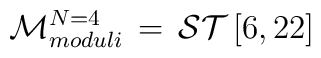
{\cal M}^{N=4}_{moduli} \, = \, {  {\cal ST}}\left [ 6,22 \right ]